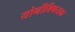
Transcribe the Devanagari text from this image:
योनीविषयक